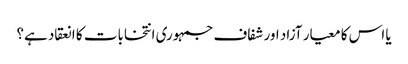
یا اس کا معیار آزاد اور شفاف جمہوری انتخابات کا انعقاد ہے؟